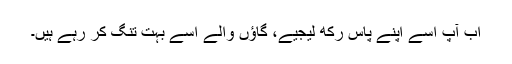
اب آپ اُسے اپنے پاس رکھ لیجیے، گاؤں والے اُسے بہت تنگ کر رہے ہیں۔